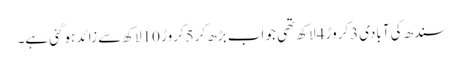
سندھ کی آبادی3کروڑ 4لاکھ تھی جو اب بڑھ کر5کروڑ 10لاکھ سے زائد ہوگئی ہے۔